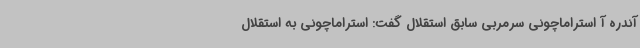
آندره آ استراماچونی سرمربی سابق استقلال گفت: استراماچونی به استقلال